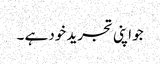
جو اپنی تجرید خود ہے ۔